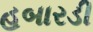
હબારડી